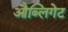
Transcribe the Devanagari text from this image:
औब्लिगेट